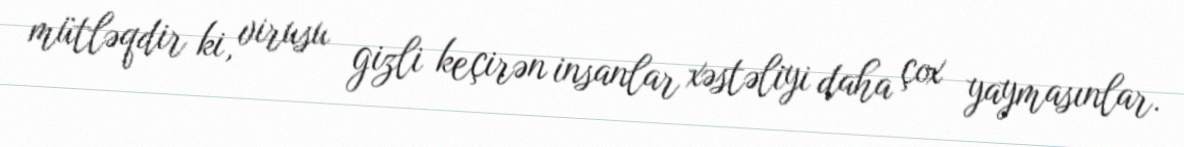
mütləqdir ki, virusu gizli keçirən insanlar xəstəliyi daha çox yaymasınlar.